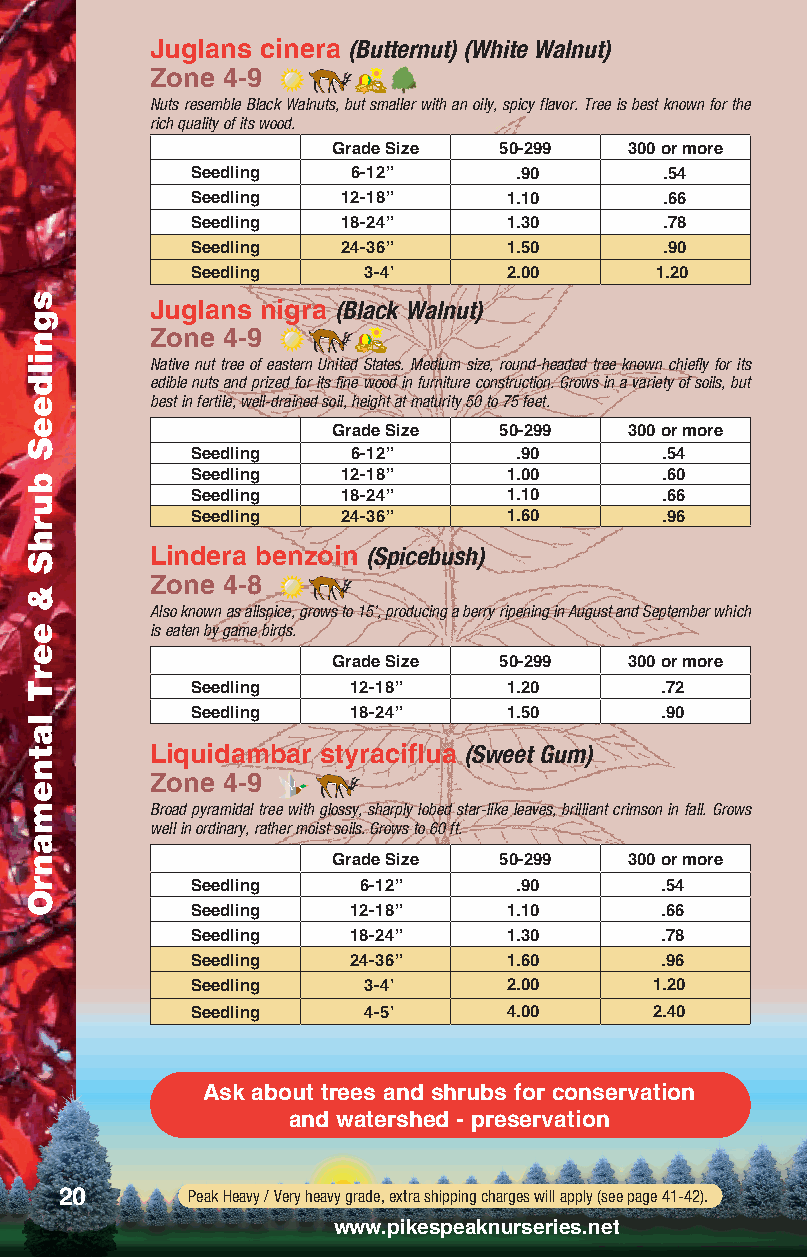
Juglans cinera (Butternut) (White Walnut)
 Zone 4-9
 Nuts resemble Black Walnuts, but smaller with an oily, spicy flavor. Tree is best known for the
 rich quality of its wood.
 Grade Size 50-299   300 or more
 Seedling  6-12”      .90       .54
 Seedling  12-18”     1.10      .66
 Seedling  18-24”     1.30      .78
 Seedling  24-36”     1.50      .90
 Seedling   3-4’      2.00     1.20
 Juglans nigra (Black Walnut)
 Zone 4-9
 Native nut tree of eastern United States. Medium size, round-headed tree known chiefly for its
 edible nuts and prized for its fine wood in furniture construction. Grows in a variety of soils, but
 best in fertile, well-drained soil, height at maturity 50 to 75 feet.
 Grade Size 50-299   300 or more
 Seedling  6-12”      .90       .54
 Seedling  12-18”     1.00      .60
 Seedling  18-24”     1.10      .66
 Seedling  24-36”     1.60      .96
 Lindera benzoin (Spicebush)
 Zone 4-8
 Also known as allspice, grows to 15’, producing a berry ripening in August and September which
 is eaten by game birds.
 Grade Size 50-299   300 or more
 Seedling  12-18”     1.20      .72
 Seedling  18-24”     1.50      .90
 Liquidambar styraciflua (Sweet Gum)
 Zone 4-9
 Broad pyramidal tree with glossy, sharply lobed star-like leaves, brilliant crimson in fall. Grows
 well in ordinary, rather moist soils. Grows to 60 ft.
 Grade Size 50-299   300 or more
 Seedling   6-12”     .90       .54
 Seedling  12-18”     1.10      .66
 Seedling  18-24”     1.30      .78
 Seedling  24-36”     1.60      .96
 Seedling   3-4’      2.00     1.20
 Seedling   4-5’      4.00     2.40
 Ask about trees and shrubs for conservation
 and watershed - preservation
 20      Peak Heavy / Very heavy grade, extra shipping charges will apply (see page 41-42).
 www.pikespeaknurseries.net
 sgnildeeS
 burhS
 &
 eerT
 latnemanrO